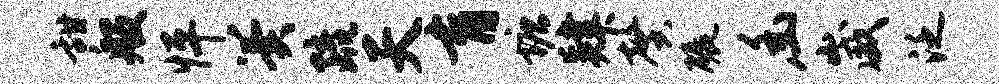
甜般怦翼疏天育塘肄馨碾幽崴泛